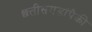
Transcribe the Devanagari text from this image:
छत्तीसगडांपैकी